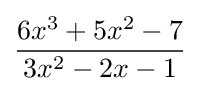
{\frac {6x^{3}+5x^{2}-7}{3x^{2}-2x-1}}